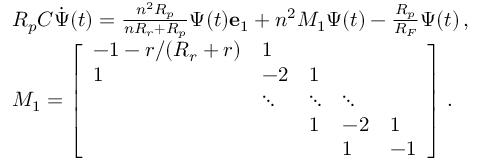
\begin{array} { r l } & { R _ { p } C \dot { \boldsymbol { \Psi } } ( t ) = \frac { n ^ { 2 } R _ { p } } { n R _ { r } + R _ { p } } \Psi ( t ) \mathbf { e } _ { 1 } + n ^ { 2 } M _ { 1 } \boldsymbol { \Psi } ( t ) - \frac { R _ { p } } { R _ { F } } \boldsymbol { \Psi } ( t ) \, , } \\ & { M _ { 1 } = \left[ \begin{array} { l l l l l } { - 1 - r / ( R _ { r } + r ) } & { 1 } & & & \\ { 1 } & { - 2 } & { 1 } & & \\ & { \ddots } & { \ddots } & { \ddots } & \\ & & { 1 } & { - 2 } & { 1 } \\ & & & { 1 } & { - 1 } \end{array} \right] \, . } \end{array}